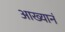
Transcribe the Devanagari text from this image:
आख्यानं